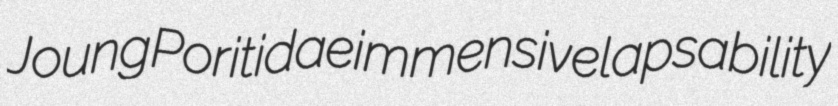
Joung Poritidae immensive lapsability